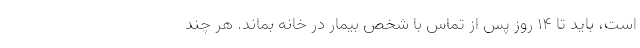
است، باید تا ۱۴ روز پس از تماس با شخص بیمار در خانه بماند. هر چند